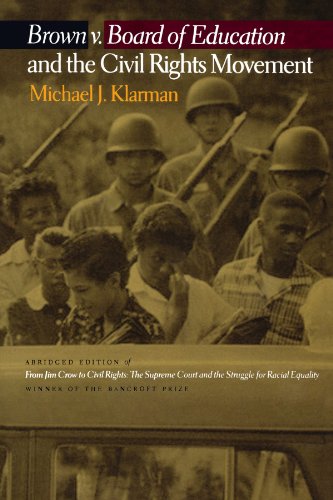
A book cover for Brown v. Board of Education and the Civil Rights Movement; Michael J. Klarman; Law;